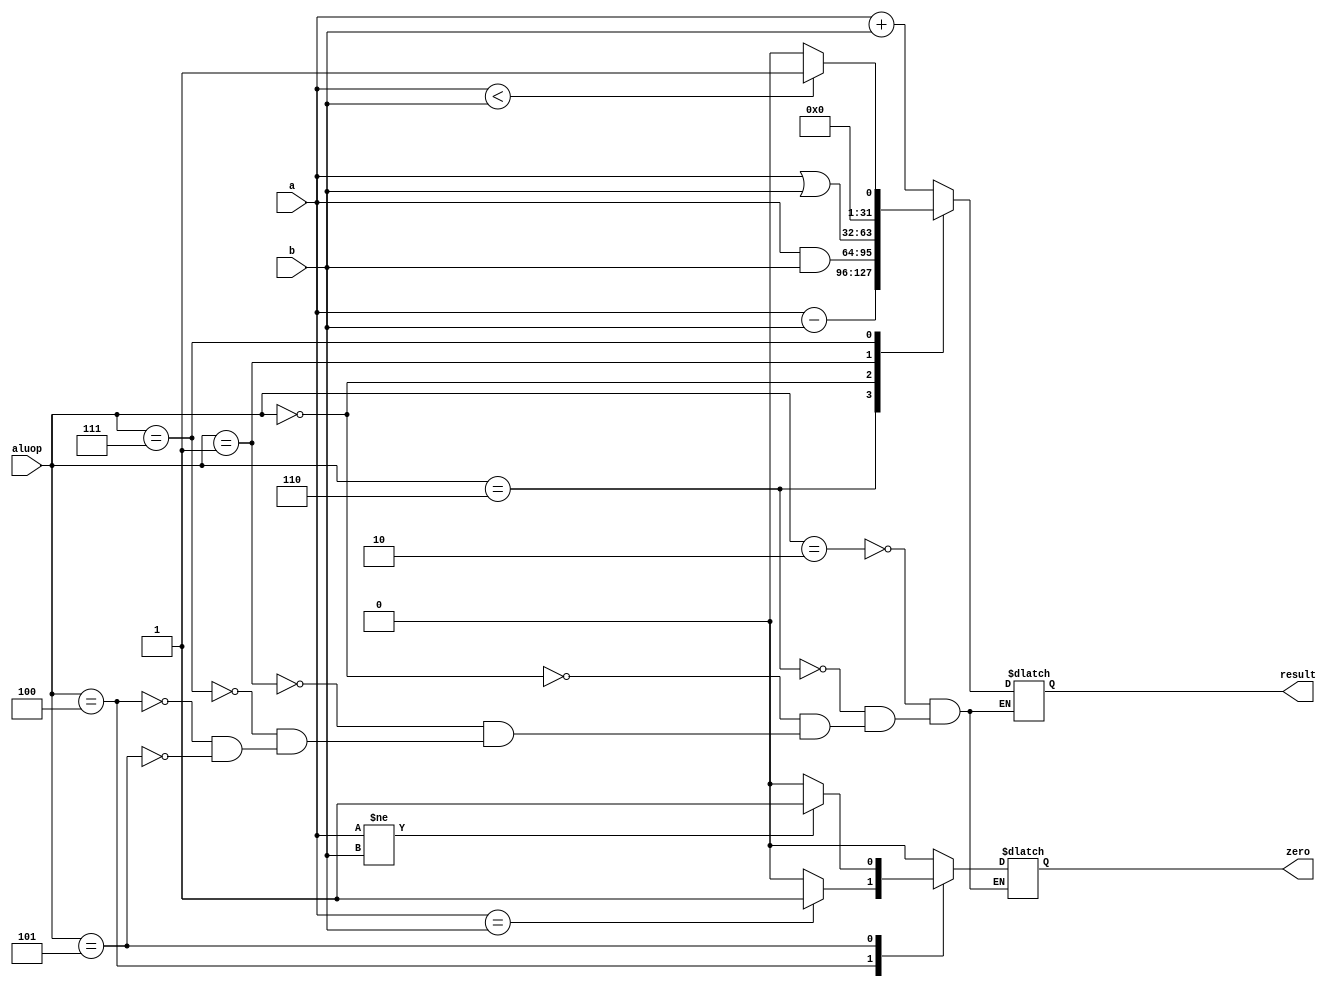
`ifndef _Alu_v_
`define _Alu_v_ 

module alu(a,b,aluop,result,zero);
input [31:0] a,b;
input [2:0] aluop;
output reg [31:0] result; 
output reg zero;

always @(*)
begin
    case (aluop)
        3'b010: //ADD
        begin
           result <= a + b; 
           zero <= 1'b0;
        end 
        3'b110: //SUB
        begin
           result <= a - b; 
           zero <= 1'b0;            
        end 
        3'b000: //AND
        begin
           result <= a & b; 
           zero <= 1'b0;
        end 
        3'b001: //OR
        begin
           result <= a | b; 
           zero <= 1'b0;
        end 
        3'b111: //SLT
        begin
           result <= (a < b) ? 1:0; 
           zero <= 1'b0;  
        end
        3'b100: //BEQ 
        begin
           result <= 32'dx; 
           zero <= (a==b) ? 1'b1:1'b0;
        end 
         3'b101: //BNQ 
        begin
           result <= 32'dx; 
           zero <= (a!=b) ? 1'b1:1'b0;
        end
    endcase
end 
endmodule
`endif